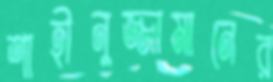
শাহীনুজ্জামানের